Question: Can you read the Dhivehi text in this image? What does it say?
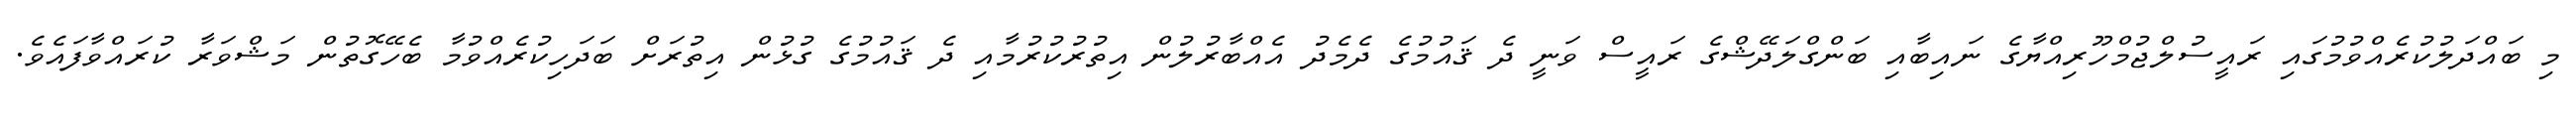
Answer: މި ބައްދަލުކުރެއްވުމުގައި ރައީސުލްޖުމްހޫރިއްޔާގެ ނައިބާއި ބަންގްލަދޭޝްގެ ރައީސް ވަނީ ދެ ޤައުމުގެ ދެމެދު އެއްބާރުލުން އިތުރުކުރުމާއި ދެ ޤައުމުގެ ގުޅުން އިތުރަށް ބަދަހިކުރެއްވުމާ ބެހޭގޮތުން މަޝްވަރާ ކުރައްވާފައެވެ.